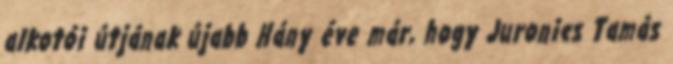
alkotói útjának újabb Hány éve már, hogy Juronics Tamás